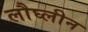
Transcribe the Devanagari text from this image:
लौघ्लीन